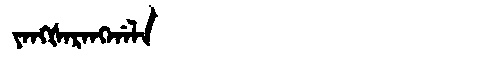
Manchu: ᠶᠠᠩᡧᠠᡵᠠᠩᡤᠠᠯᠠ
Romanization: YANGŠARANGGALA